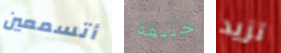
أتسمعين خليفة تزيد